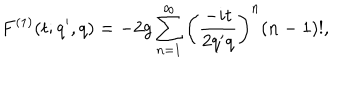
F ^ { ( 1 ) } ( t ; q ^ { \prime } , q ) = - 2 g \sum _ { n = 1 } ^ { \infty } \left( \frac { - i t } { 2 q ^ { \prime } q } \right) ^ { n } ( n - 1 ) ! ,